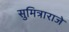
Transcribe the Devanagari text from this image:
सुमित्राराजे